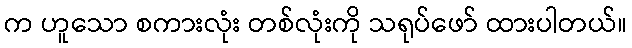
က ဟူသော စကားလုံး တစ်လုံးကို သရုပ်ဖော် ထားပါတယ်။